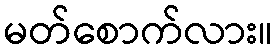
မတ်စောက်လား။